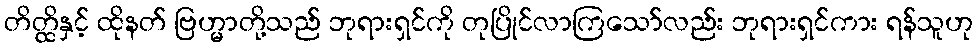
တိတ္ထိနှင့် ထိုနတ် ဗြဟ္မာတို့သည် ဘုရားရှင်ကို တုပြိုင်လာကြသော်လည်း ဘုရားရှင်ကား ရန်သူဟု